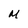
Character: M